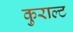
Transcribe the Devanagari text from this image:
कुराल्ट